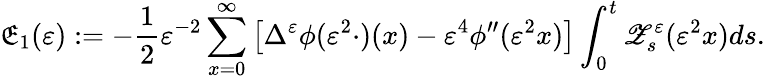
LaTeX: \mathfrak{E}_{1}(\varepsilon):=-\frac{1}{2}\varepsilon^{-2}\sum_{x=0}^{\infty}\left[\Delta^{\varepsilon}\phi(\varepsilon^{2}\cdot)(x)-\varepsilon^{4}\phi^{\prime\prime}(\varepsilon^{2}x)\right]\int_{0}^{t}\mathscr{Z}_{s}^{\varepsilon}(\varepsilon^{2}x)ds.